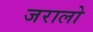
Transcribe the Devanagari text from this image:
जरालो